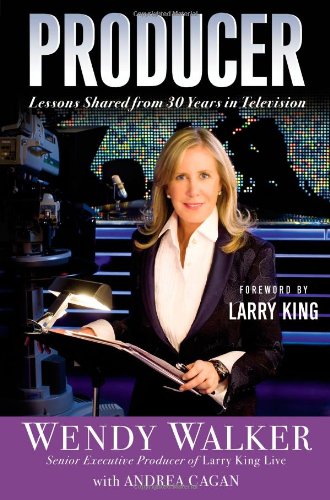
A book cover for Producer: Lessons Shared from 30 Years in Television; Wendy Walker; Humor & Entertainment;